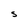
Character: 5